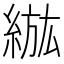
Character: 𦁷